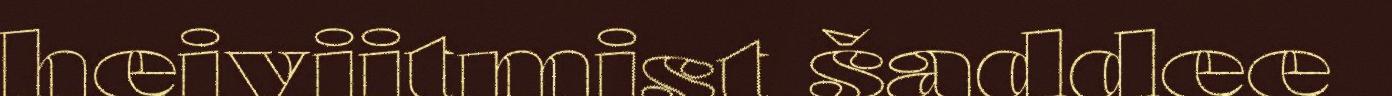
heiviitmist šaddee